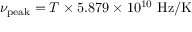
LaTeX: \nu _ { \mathrm { p e a k } } = T \times 5 . 8 7 9 \times 1 0 ^ { 1 0 } \ \mathrm { H z } / \mathrm { K }